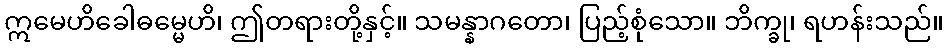
ဣမေဟိခေါဓမ္မေဟိ၊ ဤတရားတို့နှင့်။ သမန္နာဂတော၊ ပြည့်စုံသော။ ဘိက္ခု၊ ရဟန်းသည်။